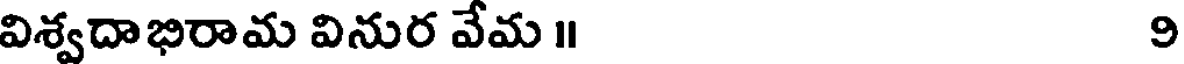
విశ్వదాభిరామ వినుర వేమ ॥ 9